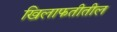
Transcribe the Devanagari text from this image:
खिलाफतीतील